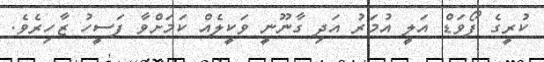
ކުރީގެ ފޯވަޑް އަލީ އުމަރު އަދި ގާނޫނީ ވަކީލެއް ކަމަށްވާ ފަސީހު ޒާހިރެވެ.